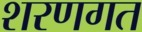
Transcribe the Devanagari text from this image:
शरणगत